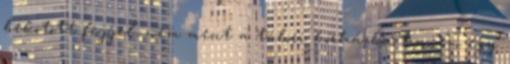
bekötött fejjel, nem ment a tábori kórházba, hanem egy